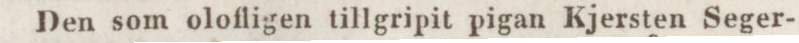
Den som olofligen tillgripit pigan Kjersten Seger-